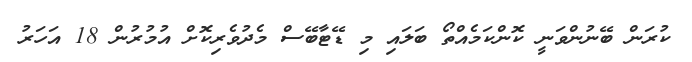
ކުރަން ބޭނުންވަނީ ކޮންކަމެއްތޯ ބަލައި މި ޑޭޓާބޭސް މެދުވެރިކޮށް އުމުރުން 18 އަހަރު